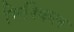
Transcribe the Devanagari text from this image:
मिश्किल